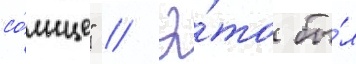
со́лнце" // Э́то бы́л